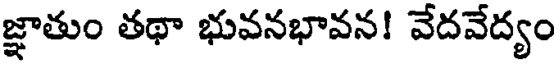
జ్ఞాతుం తథా భువనభావన! వేదవేద్యం